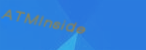
ATMInside